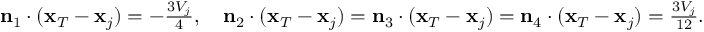
\begin{array} { r } { { \bf n } _ { 1 } \cdot ( { \bf x } _ { T } - { \bf x } _ { j } ) = - \frac { 3 V _ { j } } { 4 } , \quad { \bf n } _ { 2 } \cdot ( { \bf x } _ { T } - { \bf x } _ { j } ) = { \bf n } _ { 3 } \cdot ( { \bf x } _ { T } - { \bf x } _ { j } ) = { \bf n } _ { 4 } \cdot ( { \bf x } _ { T } - { \bf x } _ { j } ) = \frac { 3 V _ { j } } { 1 2 } . } \end{array}